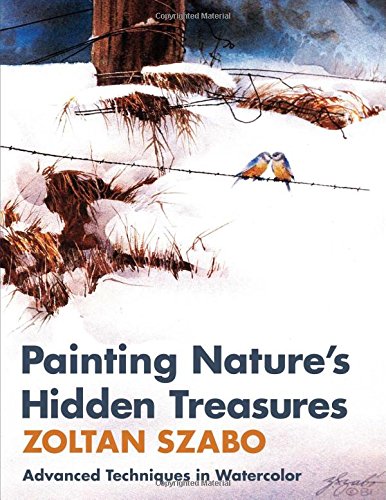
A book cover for Painting Nature's Hidden Treasures; Zoltan Szabo; Arts & Photography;